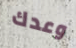
وعدك